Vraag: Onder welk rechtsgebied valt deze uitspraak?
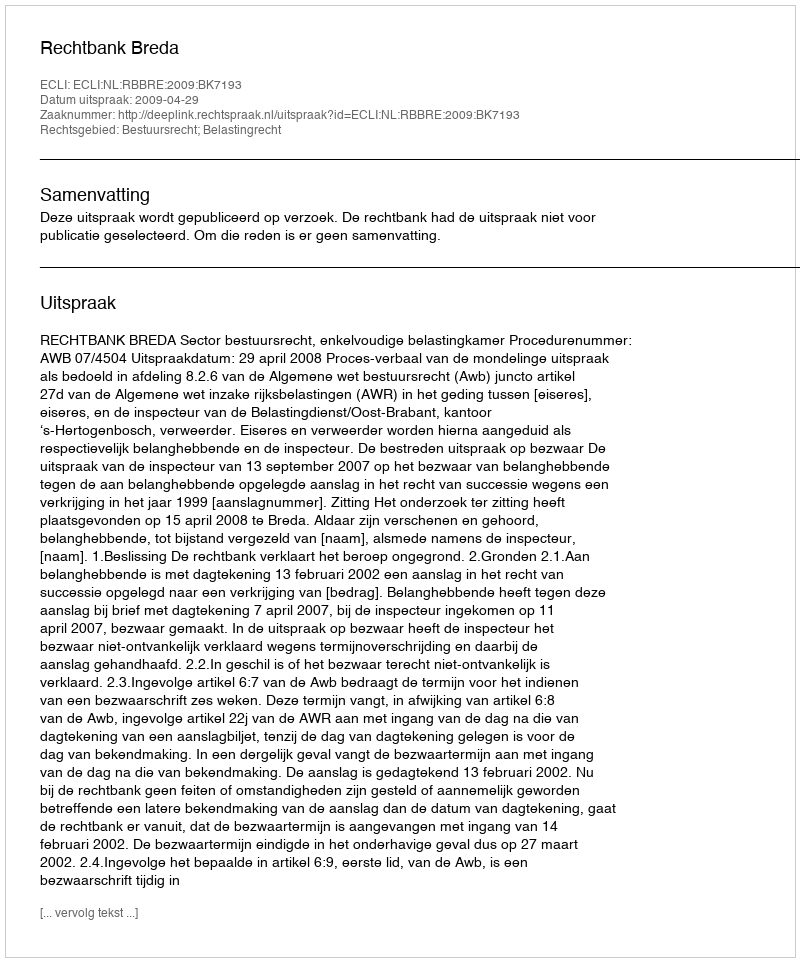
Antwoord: Bestuursrecht; Belastingrecht